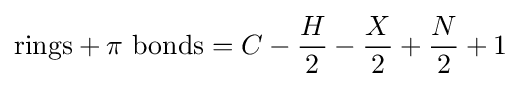
\mathrm {rings+\pi \ bonds} =C-{\frac {H}{2}}-{\frac {X}{2}}+{\frac {N}{2}}+1